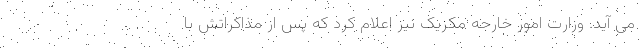
می آید. وزارت امور خارجه مکزیک نیز اعلام کرد که پس از مذاکراتش با